Rangoon Lunatic Asylum 1898-1906 - 1898-1906
Year: 1898
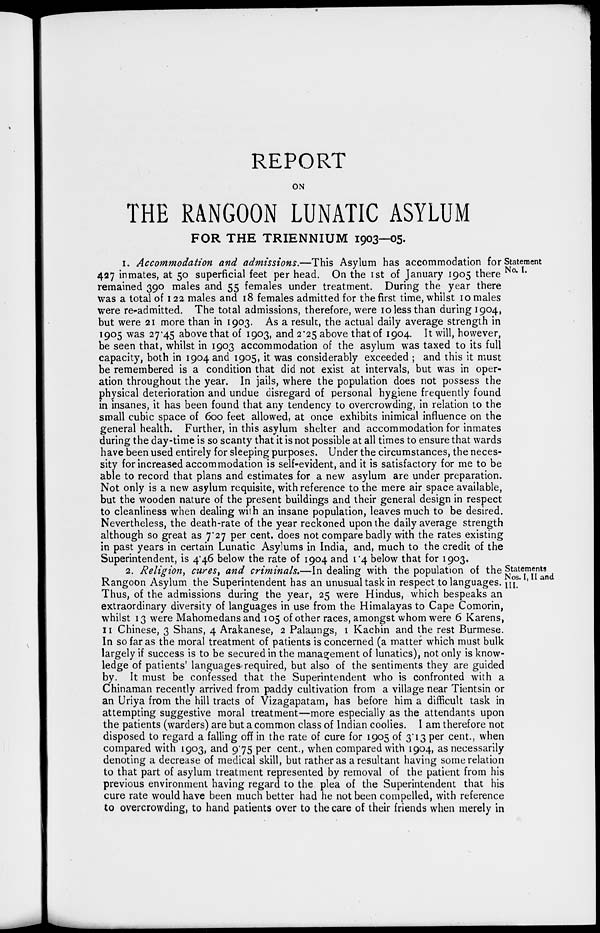
REPORT
ON
THE RANGOON LUNATIC ASYLUM
FOR THE TRIENNIUM 1903—05.
Statement
No. I.
1. Accommodation and admissions.—This Asylum has accommodation for
427 inmates, at 50 superficial feet per head. On the 1st of January 1905 there
remained 390 males and 55 females under treatment. During the year there
was a total of 122 males and 18 females admitted for the first time, whilst 10 males
were re-admitted. The total admissions, therefore, were 10 less than during 1904,
but were 21 more than in 1903. As a result, the actual daily average strength in
1905 was 27.45 above that of 1903, and 2.25 above that of 1904. It will, however,
be seen that, whilst in 1903 accommodation of the asylum was taxed to its full
capacity, both in 1904 and 1905, it was considerably exceeded ; and this it must
be remembered is a condition that did not exist at intervals, but was in oper-
ation throughout the year. In jails, where the population does not possess the
physical deterioration and undue disregard of personal hygiene frequently found
in insanes, it has been found that any tendency to overcrowding, in relation to the
small cubic space of 600 feet allowed, at once exhibits inimical influence on the
general health. Further, in this asylum shelter and accommodation for inmates
during the day-time is so scanty that it is not possible at all times to ensure that wards
have been used entirely for sleeping purposes. Under the circumstances, the neces-
sity for increased accommodation is self-evident, and it is satisfactory for me to be
able to record that plans and estimates for a new asylum are under preparation.
Not only is a new asylum requisite, with reference to the mere air space available,
but the wooden nature of the present buildings and their general design in respect
to cleanliness when dealing with an insane population, leaves much to be desired.
Nevertheless, the death-rate of the year reckoned upon the daily average strength
although so great as 7.27 per cent. does not compare badly with the rates existing
in past years in certain Lunatic Asylums in India, and, much to the credit of the
Superintendent, is 4.46 below the rate of 1904 and 1.4 below that for 1903.
Statements
Nos. I, II and
III.
2. Religion, cures, and criminals.—In dealing with the population of the
Rangoon Asylum the Superintendent has an unusual task in respect to languages.
Thus, of the admissions during the year, 25 were Hindus, which bespeaks an
extraordinary diversity of languages in use from the Himalayas to Cape Comorin,
whilst 13 were Mahomedans and 105 of other races, amongst whom were 6 Karens,
11 Chinese, 3 Shans, 4 Arakanese, 2 Palaungs, 1 Kachin and the rest Burmese.
In so far as the moral treatment of patients is concerned (a matter which must bulk
largely if success is to be secured in the management of lunatics), not only is know-
ledge of patients' languages-required, but also of the sentiments they are guided
by. It must be confessed that the Superintendent who is confronted with a
Chinaman recently arrived from paddy cultivation from a village near Tientsin or
an Uriya from the hill tracts of Vizagapatam, has before him a difficult task in
attempting suggestive moral treatment—more especially as the attendants upon
the patients (warders) are but a common class of Indian coolies. I am therefore not
disposed to regard a falling off in the rate of cure for 1905 of 3.13 per cent., when
compared with 1903, and 9.75 per cent., when compared with 1904, as necessarily
denoting a decrease of medical skill, but rather as a resultant having some relation
to that part of asylum treatment represented by removal of the patient from his
previous environment having regard to the plea of the Superintendent that his
cure rate would have been much better had he not been compelled, with reference
to overcrowding, to hand patients over to the care of their friends when merely in